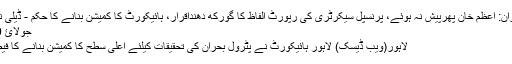
پٹرول بحران: اعظم خان پھرپیش نہ ہوئے، پرنسپل سیکرٹری کی رپورٹ الفاظ کا گورکھ دھنداقرار، ہائیکورٹ کا کمیشن بنانے کا حکم - ڈیلی نیوز لاؤنج
جولائ 9, 2020
لاہور(ویب ڈیسک) لاہور ہائیکورٹ نے پٹرول بحران کی تحقیقات کیلئے اعلیٰ سطح کا کمیشن بنانے کا فیصلہ کرلیا۔